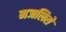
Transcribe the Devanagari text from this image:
मजलिसे